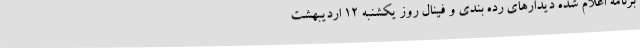
برنامه اعلام شده دیدارهای رده بندی و فینال روز یکشنبه ۱۲ اردیبهشت